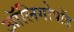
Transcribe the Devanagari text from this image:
ऑलिगोपॉड